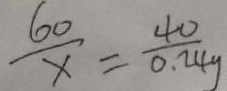
\frac { 6 0 } { x } = \frac { 4 0 } { 0 . 2 4 y }